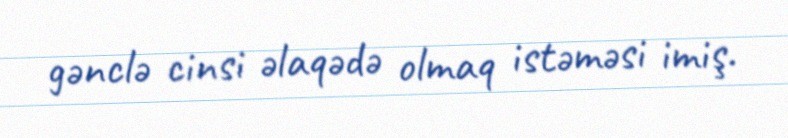
gənclə cinsi əlaqədə olmaq istəməsi imiş.